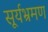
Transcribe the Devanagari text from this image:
सूर्यभ्रमण